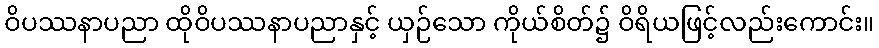
ဝိပဿနာပညာ ထိုဝိပဿနာပညာနှင့် ယှဉ်သော ကိုယ်စိတ်၌ ဝိရိယဖြင့်လည်းကောင်း။